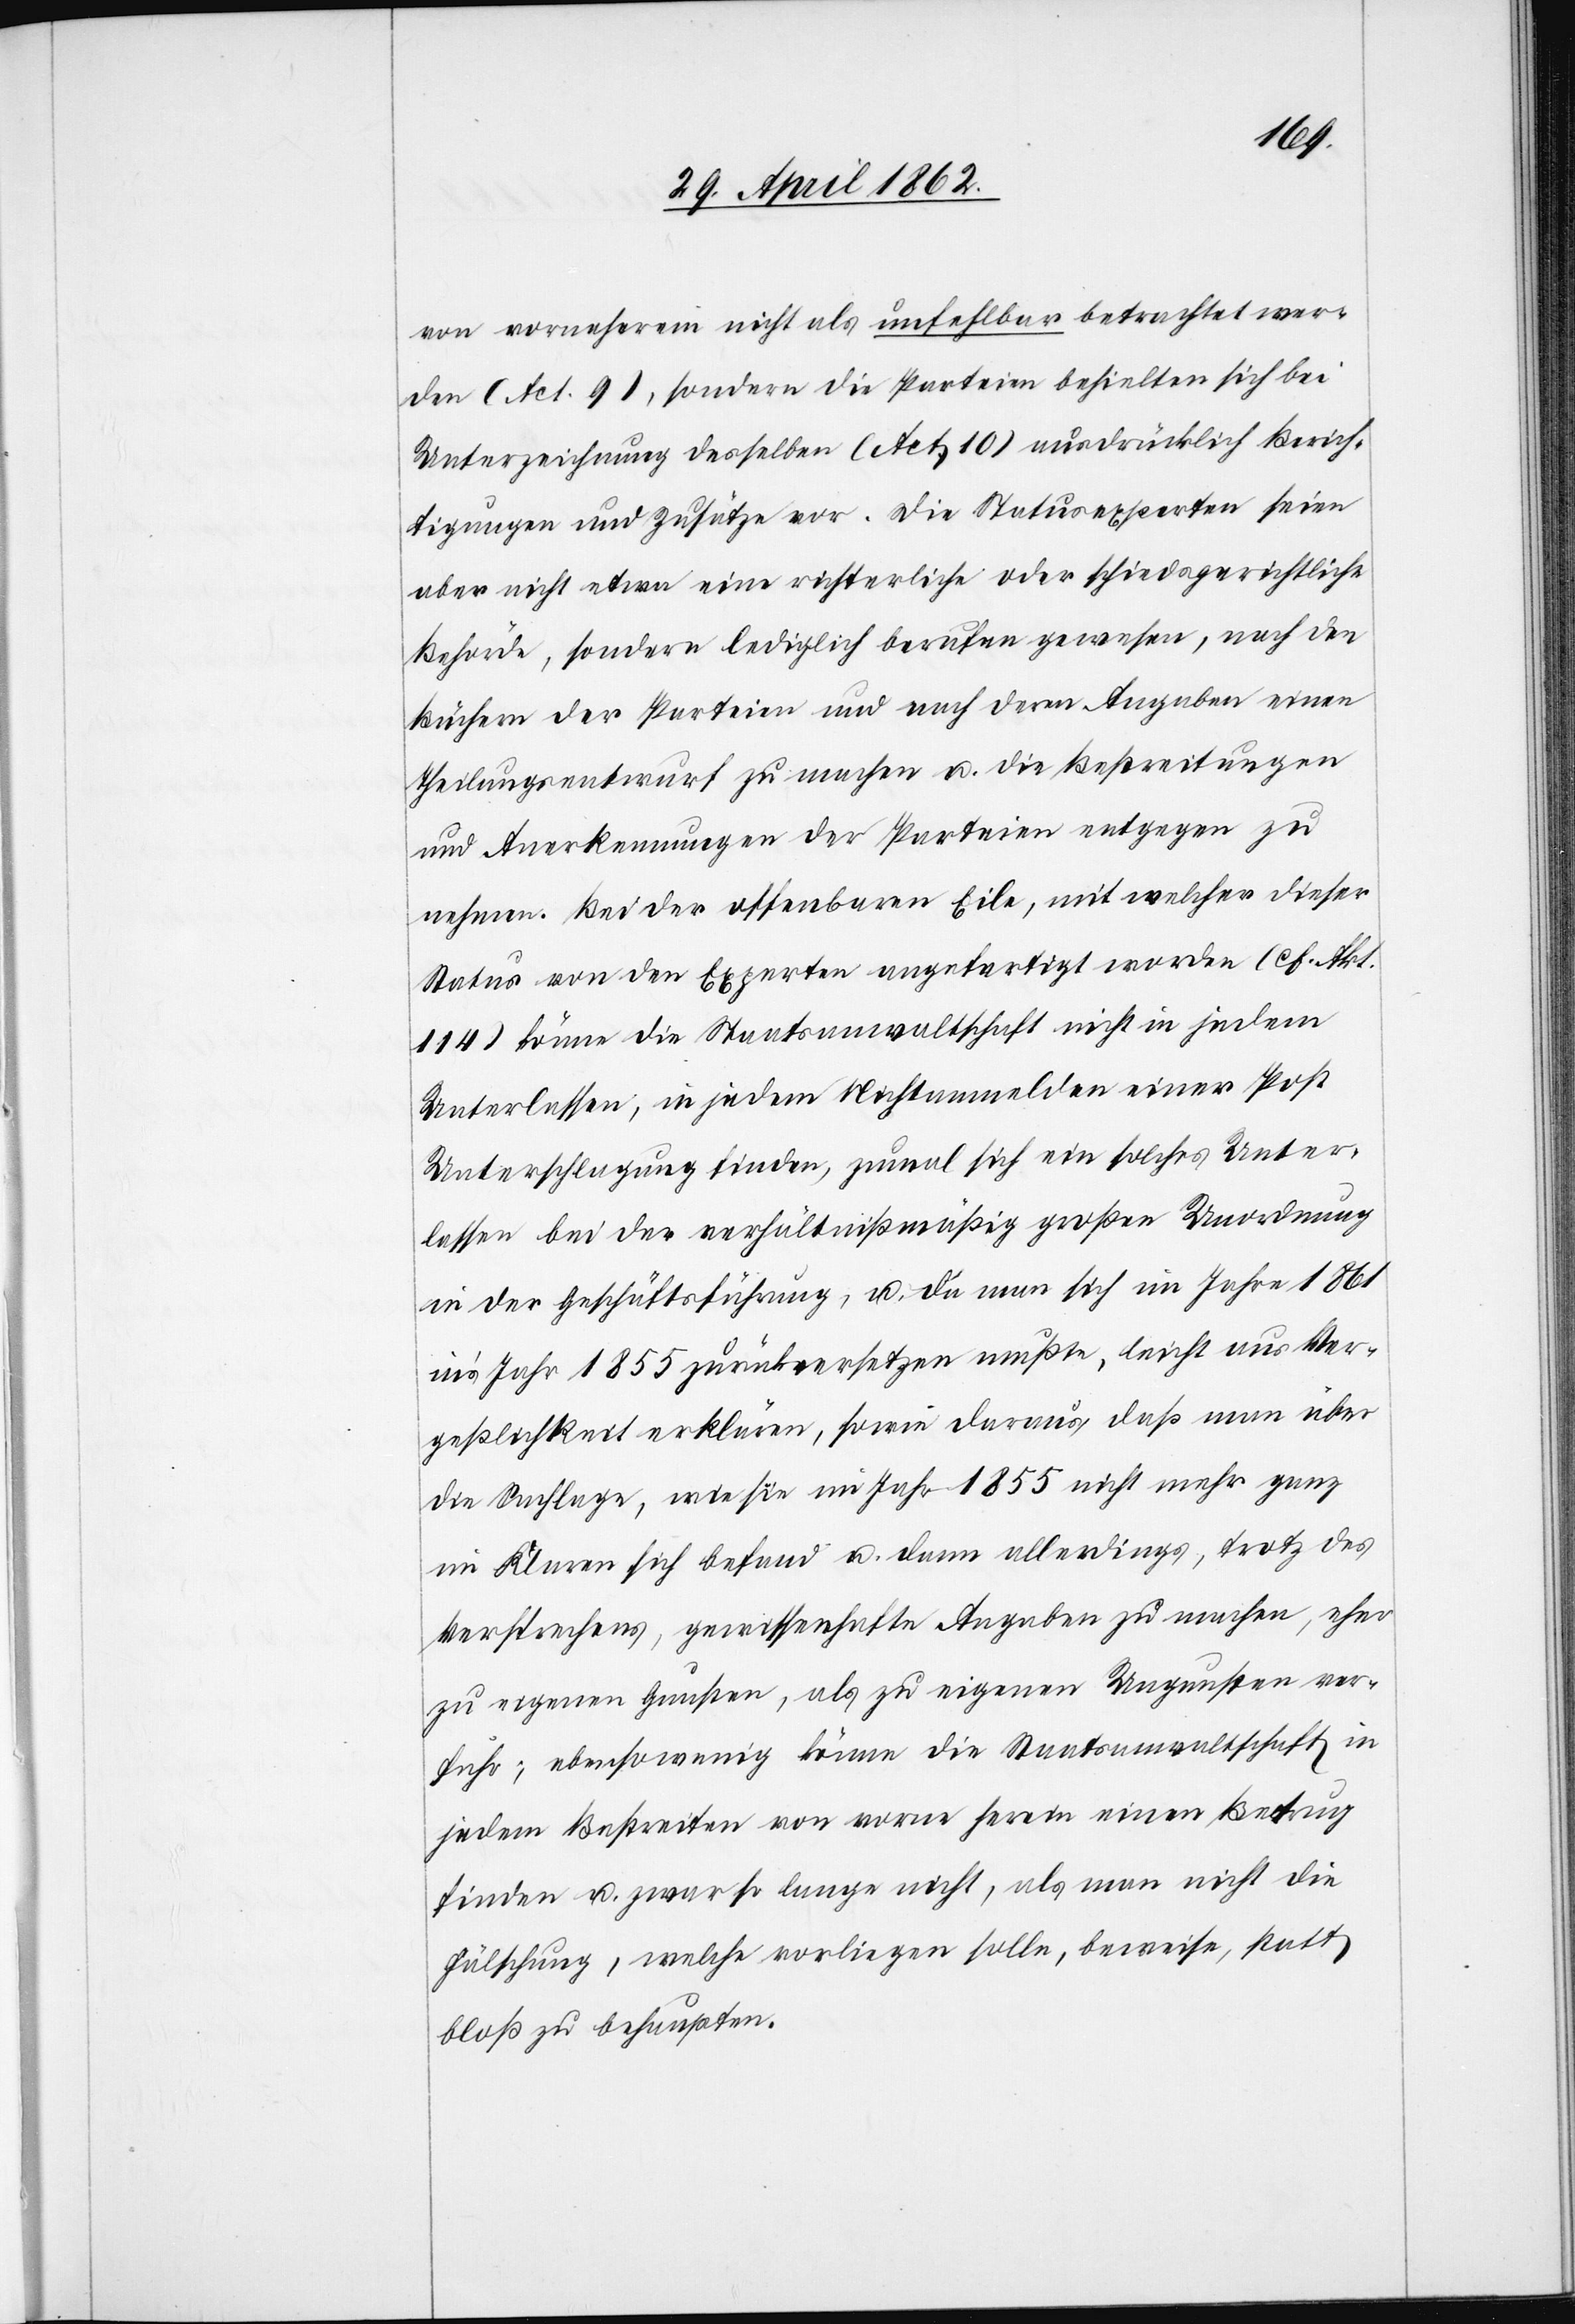
von vorneherein nicht als unfehlbar betrachtet wer¬
den (Act. 9), sondern die Parteien behielten sich bei
Unterzeichnung desselben (Act. 10) ausdrücklich Berich¬
tigungen und Zusätze vor. Die Statusexperten seien
aber nicht etwa eine richterliche oder schiedsgerichtliche
Behörde, sondern lediglich berufen gewesen, nach den
Büchern der Parteien und nach deren Angaben einen
Theilungsentwurf zu machen u. die Bestreitungen
und Anerkennungen der Parteien entgegen zu
nehmen. Bei der offenbaren Eile, mit welcher dieser
Status von den Experten angefertigt worden (cf. Akt.
114) könne die Staatsanwaltschaft nicht in jedem
Unterlassen, in jedem Nichtanmelden einer Post
Unterschlagung finden, zumal sich ein solches Unter¬
lassen bei der verhältnißmäßig großen Unordnung
in der Geschäftsführung, u. da man sich im Jahre 1861
in’s Jahr 1855 zurückversetzen mußte, leicht aus Ver¬
geßlichkeit erklären, sowie daraus, daß man über
die Sachlage, wie sie im Jahr 1855 nicht mehr ganz
im Klaren sich befand u. dann allerdings, trotz des
Versprechens, gewissenhafte Angaben zu machen, eher
zu eigenen Gunsten, als zu eigenen Ungunsten ver¬
fuhr; ebensowenig könne die Staatsanwaltschaft in
jedem Bestreiten von vorne herein einen Betrug
finden u. zwar so lange nicht, als man nicht die
Fälschung, welche vorliegen solle, beweise, statt
bloß zu behaupten.